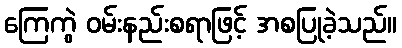
ကြေကွဲ ဝမ်းနည်းစရာဖြင့် အစပြုခဲ့သည်။